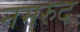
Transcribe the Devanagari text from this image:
नमरुद